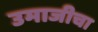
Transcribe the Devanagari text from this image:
उमाजीचा